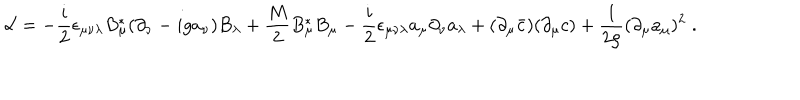
{ \cal L } = - \frac { i } { 2 } \epsilon _ { \mu \nu \lambda } B _ { \mu } ^ { * } ( \partial _ { \nu } - i g a _ { \nu } ) B _ { \lambda } + \frac { M } { 2 } B _ { \mu } ^ { * } B _ { \mu } - \frac { i } { 2 } \epsilon _ { \mu \nu \lambda } a _ { \mu } \partial _ { \nu } a _ { \lambda } + ( \partial _ { \mu } \bar { c } ) ( \partial _ { \mu } c ) + \frac { 1 } { 2 \rho } ( \partial _ { \mu } a _ { \mu } ) ^ { 2 } \; .